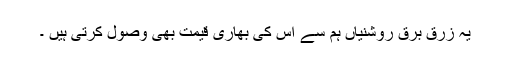
یہ زرق برق روشنیاں ہم سے اس کی بھاری قیمت بھی وصول کرتی ہیں ۔